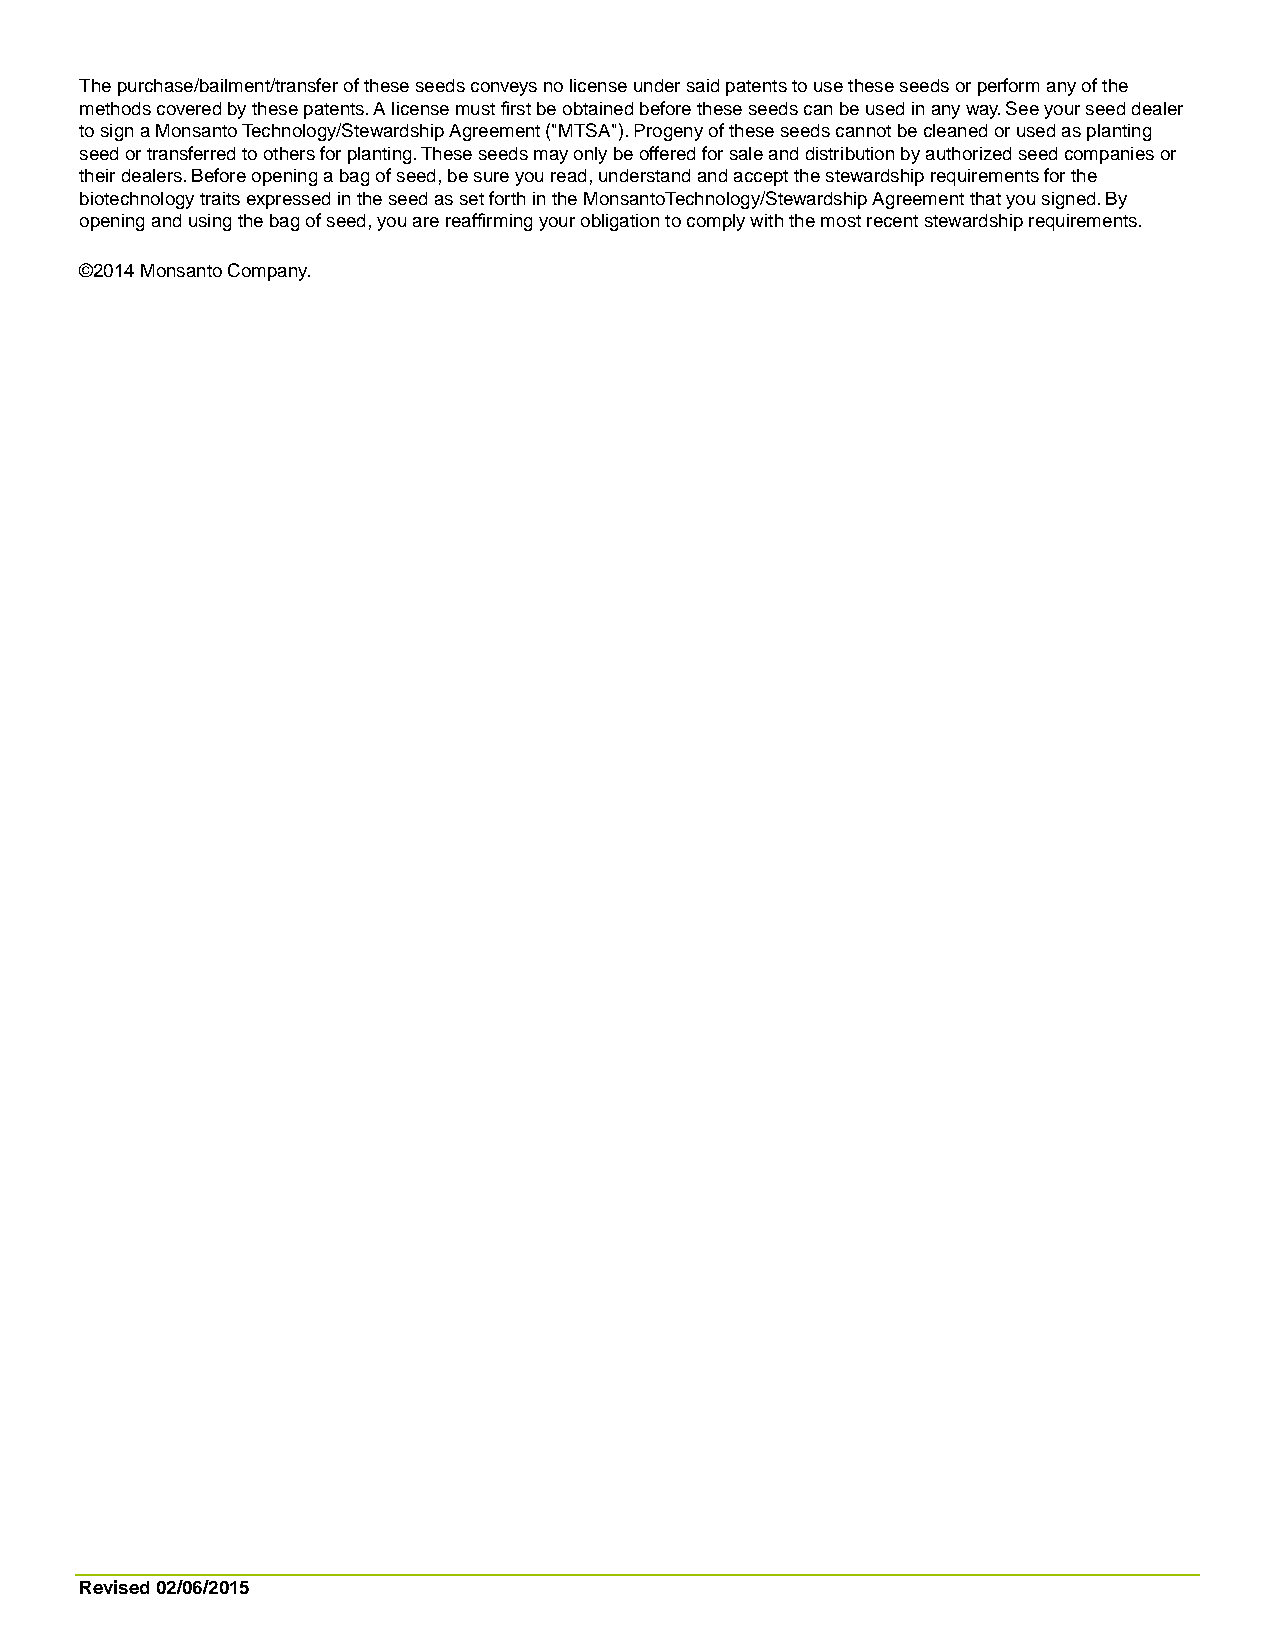
The purchase/bailment/transfer of these seeds conveys no license under said patents to use these seeds or perform any of the
 methods covered by these patents. A license must first be obtained before these seeds can be used in any way. See your seed dealer
 to sign a Monsanto Technology/Stewardship Agreement ("MTSA"). Progeny of these seeds cannot be cleaned or used as planting
 seed or transferred to others for planting. These seeds may only be offered for sale and distribution by authorized seed companies or
 their dealers. Before opening a bag of seed, be sure you read, understand and accept the stewardship requirements for the
 biotechnology traits expressed in the seed as set forth in the MonsantoTechnology/Stewardship Agreement that you signed. By
 opening and using the bag of seed, you are reaffirming your obligation to comply with the most recent stewardship requirements.
 ©2014 Monsanto Company.
 Revised 02/06/2015